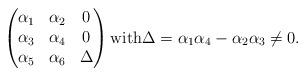
LaTeX: \begin{align*} \begin{pmatrix}\alpha_1&\alpha_2&0\\\alpha_3&\alpha_4&0\\\alpha_5&\alpha_6&\Delta\end{pmatrix} {\rm with} \Delta = \alpha_1 \alpha_4 - \alpha_2 \alpha_3 \neq 0.\end{align*}